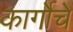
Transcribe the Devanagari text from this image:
कार्गोचे